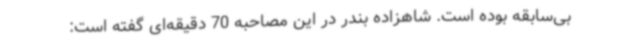
بی‌سابقه بوده است. شاهزاده بندر در این مصاحبه 70 دقیقه‌ای گفته است: